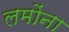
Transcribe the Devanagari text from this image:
लमोंना